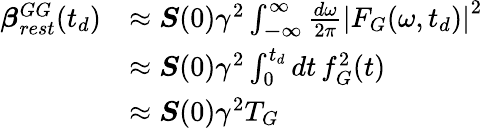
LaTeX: \begin{array}{rl}{\boldsymbol{\beta}_{rest}^{GG}(t_{d})}&{\approx\boldsymbol{S}(0)\gamma^{2}\int_{\mathbb{-\infty}}^{\infty}\frac{d\omega}{2\pi}\left|F_{G}(\omega,t_{d})\right|^{2}}\\ &{\approx\boldsymbol{S}(0)\gamma^{2}\int_{0}^{t_{d}}dt\, f_{G}^{2}(t)}\\ &{\approx\boldsymbol{S}(0)\gamma^{2}T_{G}}\end{array}